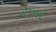
યોજનાની